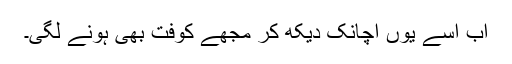
اب اسے یوں اچانک دیکھ کر مجھے کوفت بھی ہونے لگی۔